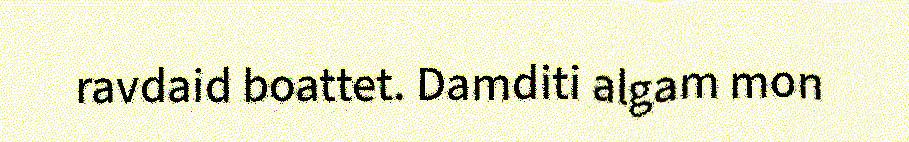
ravdaid boattet. Damditi algam mon